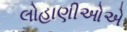
લોહાણીઓએ